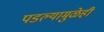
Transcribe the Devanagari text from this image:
पडल्यामुळेही